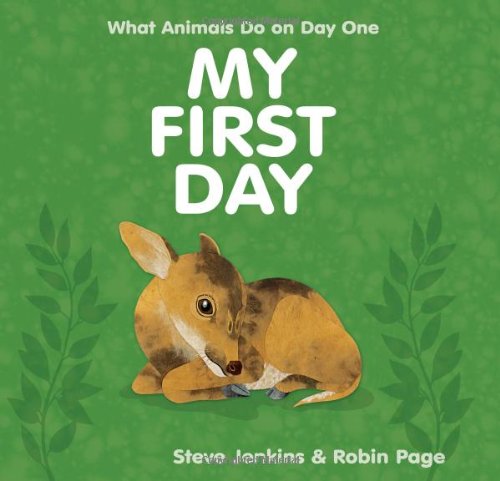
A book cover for My First Day; Steve Jenkins; Children's Books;